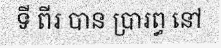
ទី ពីរ បាន ប្រារព្ធ នៅ